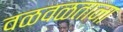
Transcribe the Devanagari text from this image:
वळवळताना